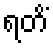
ရတိံ